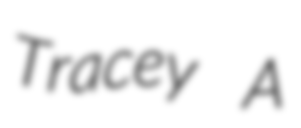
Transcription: Tracey A